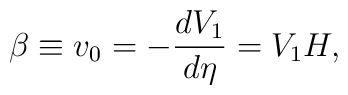
\beta\equiv v_0=-\frac{dV_1}{d\eta}=V_1 H  ,